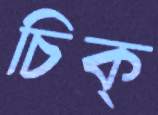
চিক্